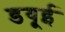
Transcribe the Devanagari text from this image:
डयूई